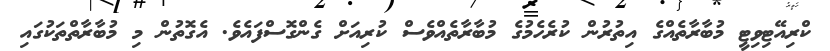
ކްރިއޭޓިވިޓީ މުބާރާތެއްގެ އިތުރުން ކުރެހެމުގެ މުބާރާތެއްވެސް ކުރިއަށް ގެންގޮސްފައެވެ. އެގޮތުން މި މުބާރާތްތަކުގައި